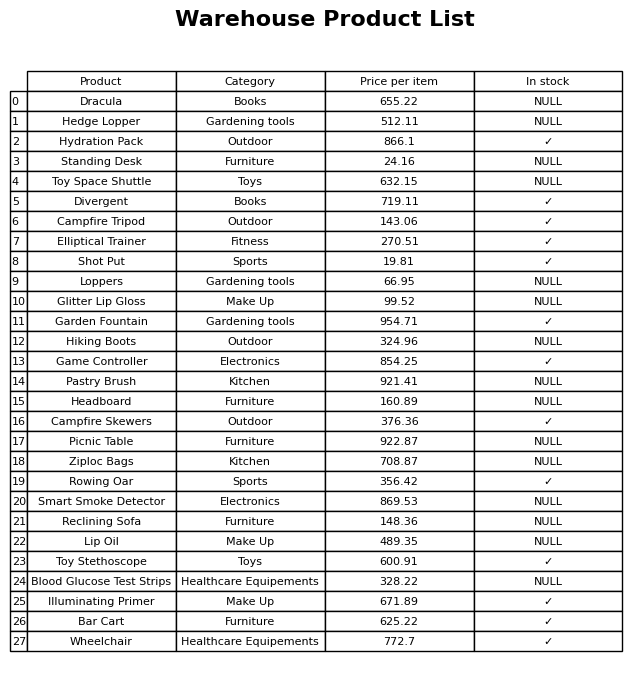
question: What is the price of the Elliptical Trainer?
answer: The price of Elliptical Trainer is 270.51.